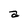
Character: a